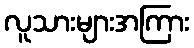
လူသားများအကြား